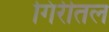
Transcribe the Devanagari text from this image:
गिरीतल